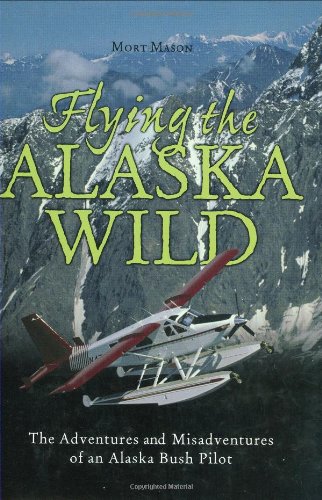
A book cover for Flying the Alaska Wild: The Adventures and Misadventures of an Alaska Bush Pilot; Mort D. Mason; Travel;